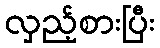
လှည့်စားပြီး